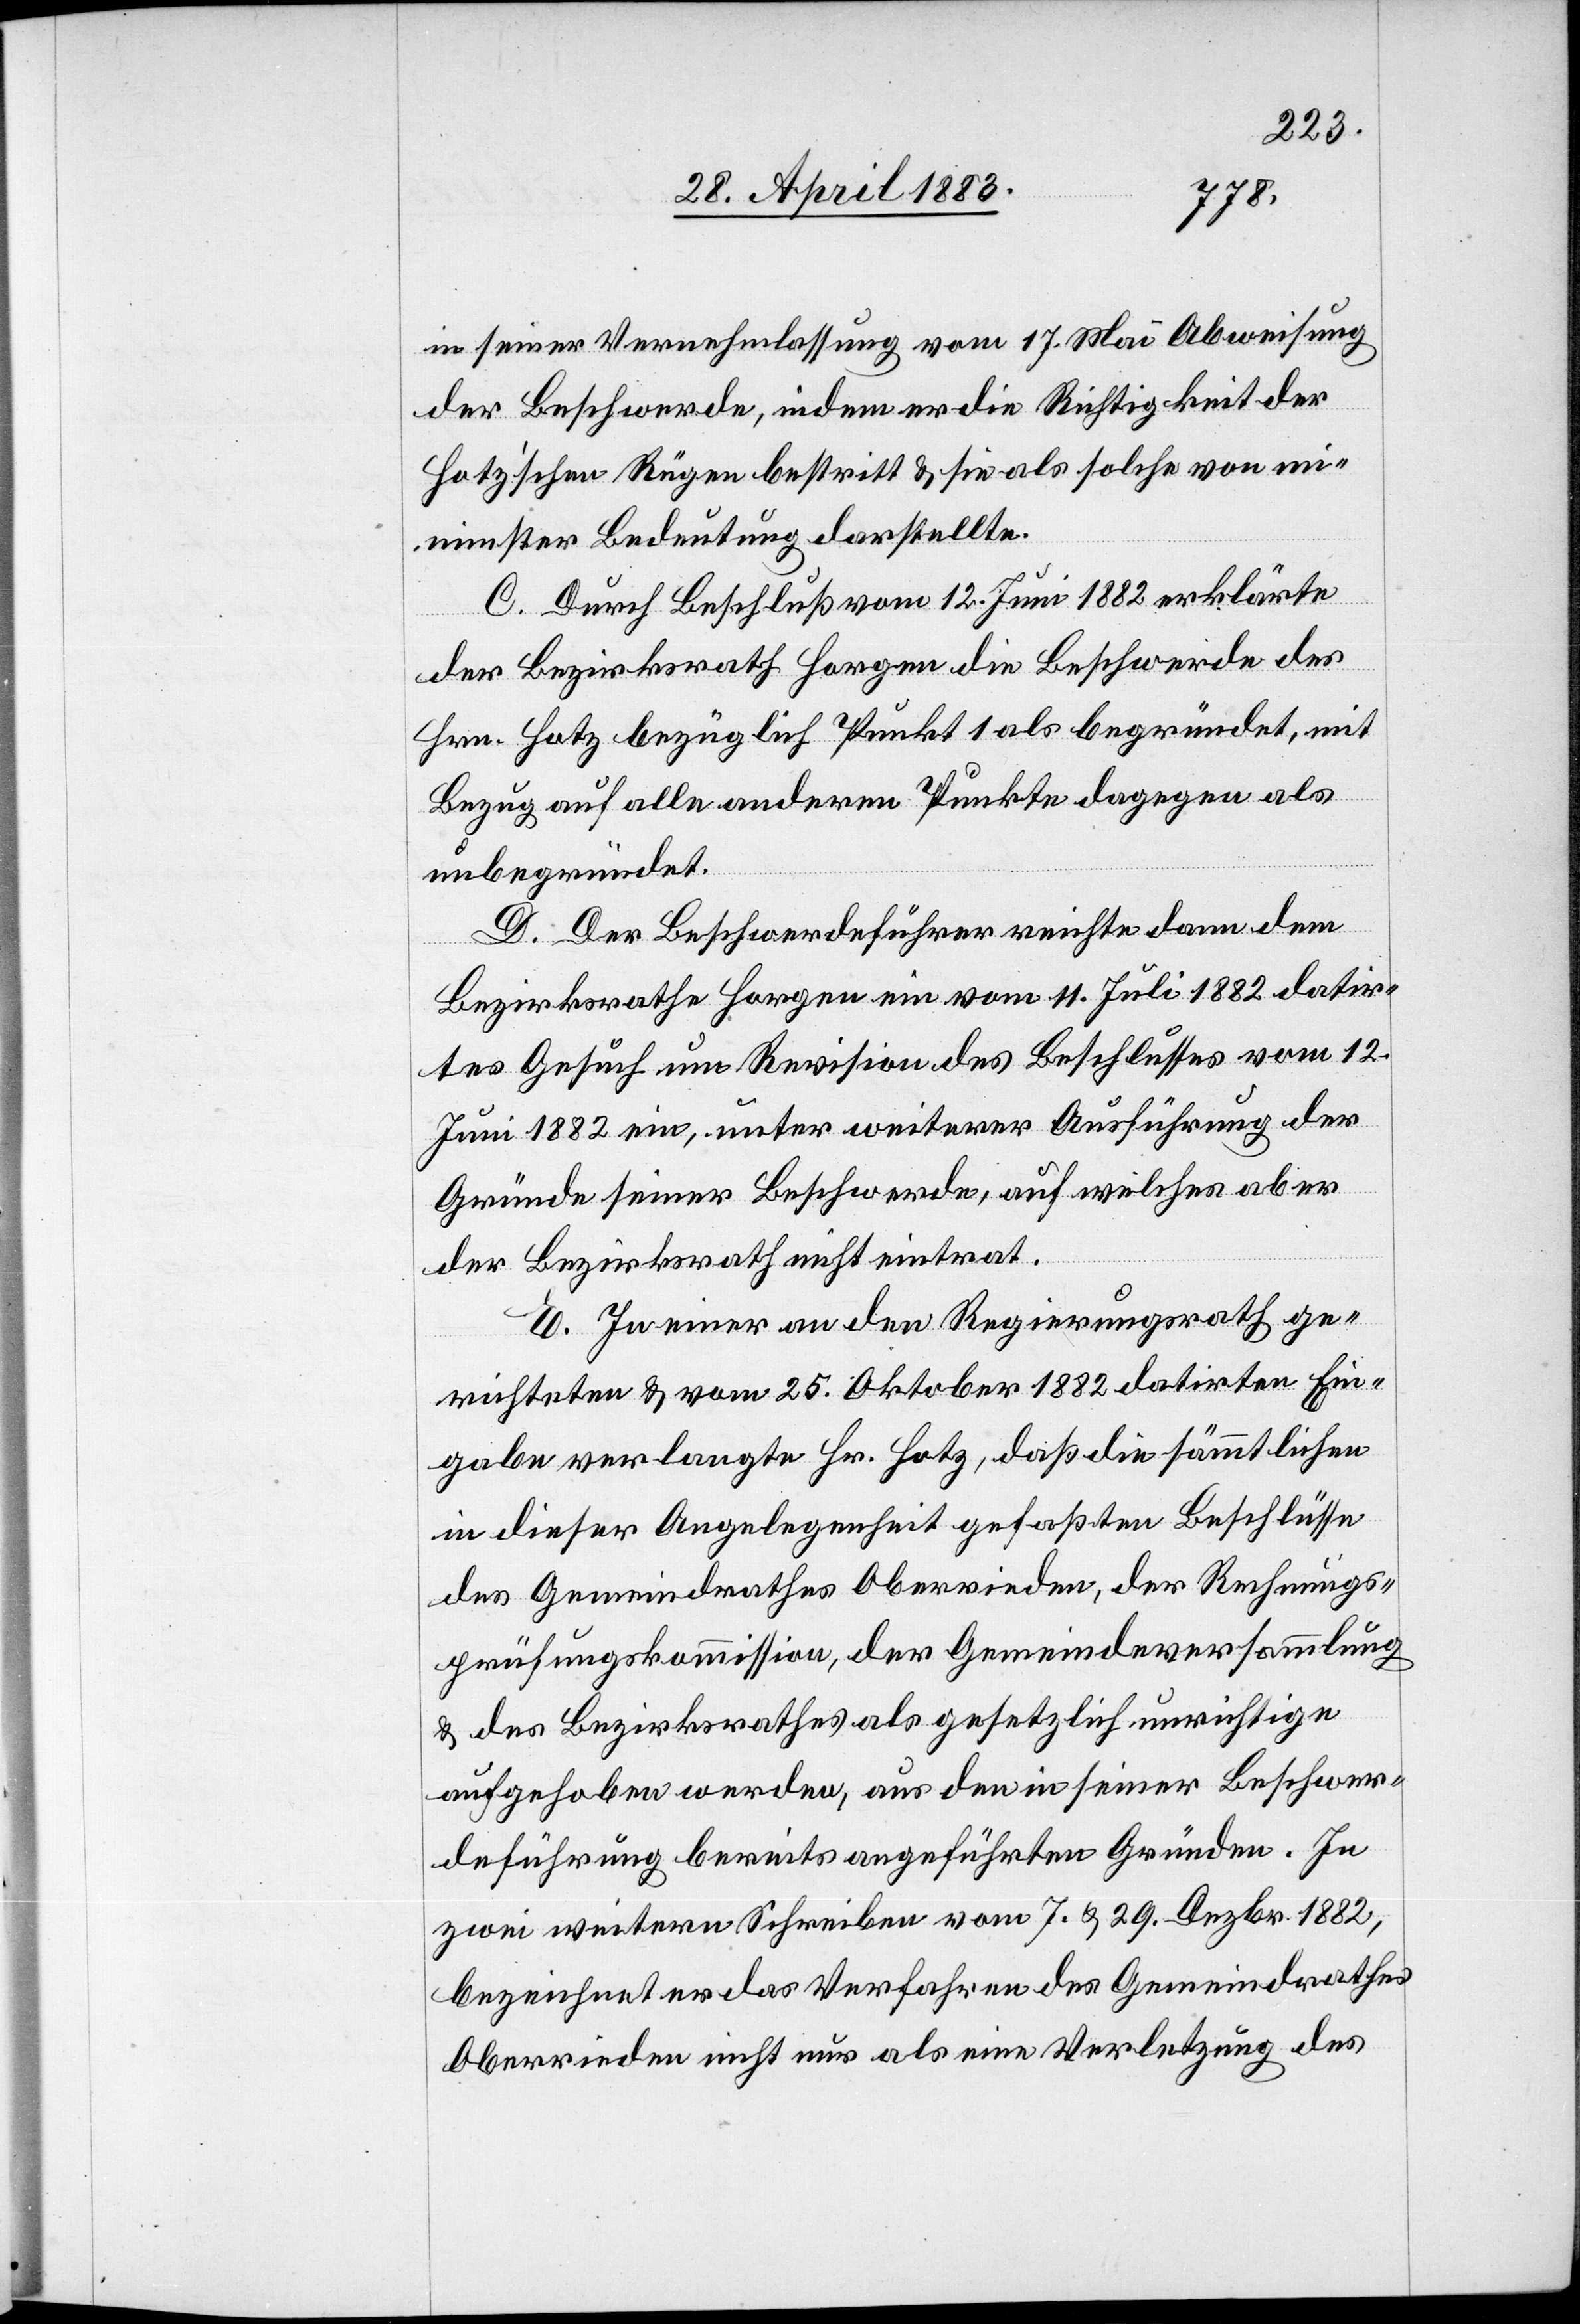
12.
in seiner Vernehmlassung vom 17. Mai Abweisung
der Beschwerde, indem er die Richtigkeit der
Hotz’schen Rügen bestritt & sie als solche von mi¬
nimster Bedeutung darstellte.
C. Durch Beschluß vom 12. Juni 1882 erklärte
der Bezirksrath Horgen die Beschwerde des
Hrn. Hotz bezüglich Punkt 1 als begründet, mit
Bezug auf alle andern Punkte dagegen als
unbegründet.
D. Der Beschwerdeführer reichte dann dem
Bezirksrathe Horgen ein vom 11. Juli 1882 vom
Juni 1882 ein, unter weiterer Ausführung der
Gründe seiner Beschwerde, auf welches aber
der Bezirksrath nicht eintrat.
E. In einer an den Regierungsrath ge¬
richteten & vom 25. Oktober 1882 datirten Ein¬
gabe verlangte Hr. Hotz, daß die sämmtlichen
in dieser Angelegenheit gefaßten Beschlüsse
des Gemeindrathes Oberrieden, der Rechnungs¬
prüfungskommission, der Gemeindeversammlung
& des Bezirksrathes als gesetzlich unrichtige
aufgehoben werden, aus den in seiner Beschwer¬
deführung bereits angeführten Gründen. In
zwei weitern Schreiben vom 7. & 29. Dezbr. 1882,
bezeichnet er das Verfahren des Gemeindrathes
Oberrieden indem nicht nur als eine Verletzung des